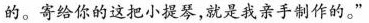
的。寄给你的这把小泥琴，就是我亲作的。”